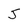
Character: 5